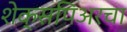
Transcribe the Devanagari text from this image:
शेक्सपिअरचा